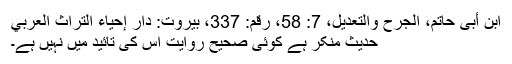
ابن أبی حاتم، الجرح والتعديل، 7: 58، رقم: 337، بيروت: دار إحياء التراث العربي
حدیث منکر ہے کوئی صحیح روایت اس کی تائید میں نہیں ہے۔